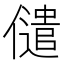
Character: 儙